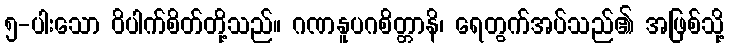
၅-ပါးသော ဝိပါက်စိတ်တို့သည်။ ဂဏနူပဂစိတ္တာနိ၊ ရေတွက်အပ်သည်၏ အဖြစ်သို့